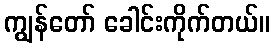
ကျွန်တော် ခေါင်းကိုက်တယ်။